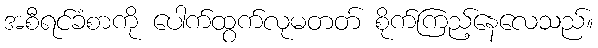
အစီရင်ခံစာကို ပေါက်ထွက်လုမတတ် စိုက်ကြည့်နေလေသည်။